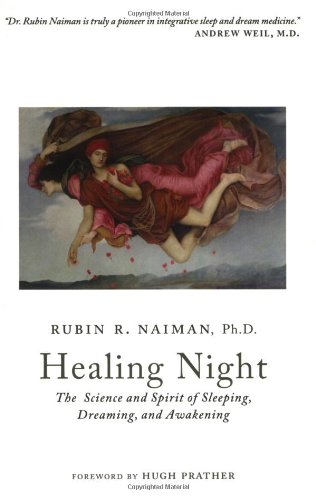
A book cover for Healing Night: The Science and Spirit of Sleeping, Dreaming, and Awakening; Rubin R. Naiman; Self-Help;